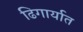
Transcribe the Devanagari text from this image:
ढिगार्यात